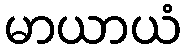
မာယာယံ